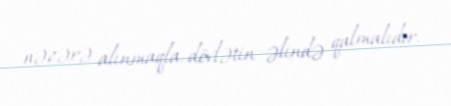
nəzərə alınmaqla, dövlətin əlində qalmalıdır.